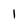
Character: 1